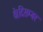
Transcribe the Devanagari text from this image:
थे।दिसम्बर